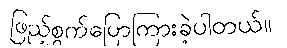
ဖြည့်စွက်ပြောကြားခဲ့ပါတယ်။